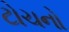
ટોચનો